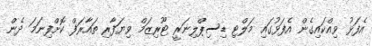
އެފަޅު ވިއްކައިގެން އެފަޅުގައި މަލްޓި ޑިސިޕްލިނަރީ ޓޫރިޒަމް ވިޔަފާރި ތައާރަފް ކޮށްފިނަމަ ދެން